Report on vaccination in Madras 1922-1929 - 1922-1929
Year: 1922
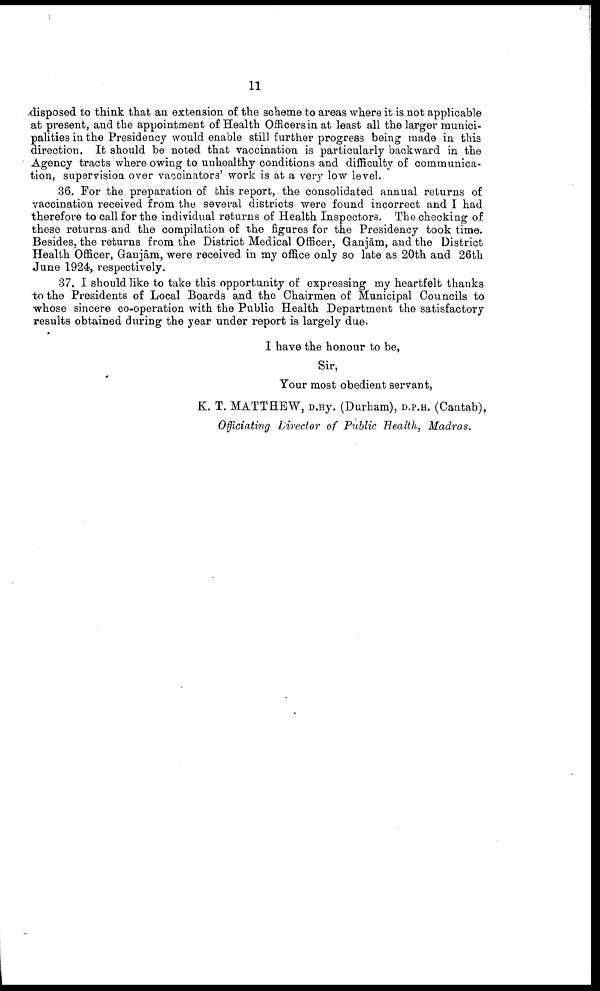
11
disposed to think that an extension of the scheme to areas where it is not applicable
at present, and the appointment of Health Officers in at least all the larger munici
palities in the Presidency would enable still further progress being made in this
direction. It should be noted that vaccination is particularly backward in the
Agency tracts where owing to unhealthy conditions and difficulty of communica
tion, supervision over vaccinators' work is at a very low level.
36. For the preparation of this report, the consolidated annual returns of
vaccination received from the several districts were found incorrect and I had
therefore to call for the individual returns of Health Inspectors. The checking of
these returns and the compilation of the figures for the Presidency took time.
Besides, the returns from the District Medical Officer, Ganjām, and the District
Health Officer, Ganjām, were received in my office only so late as 20th and 26th
June 1924, respectively.
37. I should like to take this opportunity of expressing my heartfelt thanks
to the Presidents of Local Boards and the Chairmen of Municipal Councils to
whose sincere co-operation with the Public Health Department the satisfactory
results obtained during the year under report is largely due.
I have the honour to be,
Sir,
Your most obedient servant,
K. T. MATTHEW, D.Hy. (Durham), D.P.H. (Cantab),
Officiating Director of Public Health, Madras.